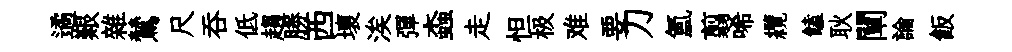
遹艱雜鷥尺呑低趨勝西壞涘彈螙走怛极难要刀氳翦唏纜饁耿闡論飯